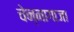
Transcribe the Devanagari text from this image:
चेन्‍नागाजा